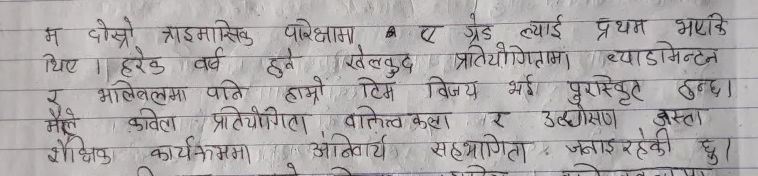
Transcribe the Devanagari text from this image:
म दोस्रो प्राइमासिक परिक्षामा "ए ग्रेड ल्याई प्रथम भएकि
थिए । हरेक वर्ष हुने खेलकुद प्रतियोगितामा व्याडमिन्टन
र भलिबलमा पनि हाम्रो टिम विजय भई पुरस्कृत हुन्छ।
मैले कविता प्रतियोगिता वाक्तिवकला
शैक्षिक कार्यक्रममा अनिवार्य सहभागिता जनाइ रहेकी छु।
र उत्गेसण अस्ता